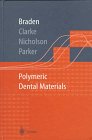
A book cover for Polymeric Dental Materials (Macromolecular Systems - Materials Approach); Michael Braden; Medical Books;